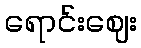
ရောင်းဈေး